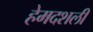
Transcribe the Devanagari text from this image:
हेमदशली